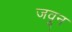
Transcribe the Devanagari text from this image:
जवून